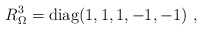
\begin{align*}R_{\Omega}^3={\rm diag}(1, 1, 1, -1, -1) ~,~\,\end{align*}